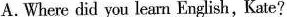
A.Where did you learn English, Kate?